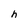
Character: h